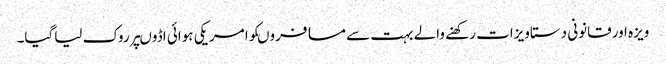
ویزہ اورقانونی دستاویزات رکھنے والے بہت سے مسافروںکوامریکی ہوائی اڈوںپرروک لیاگیا۔